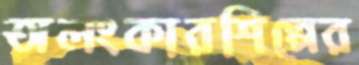
অলংকারশিল্পের